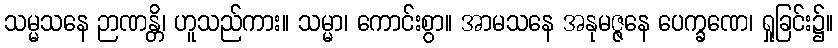
သမ္မသနေ ဉာဏန္တိ၊ ဟူသည်ကား။ သမ္မာ၊ ကောင်းစွာ။ အာမသနေ အနုမဇ္ဇနေ ပေက္ခဏေ၊ ရှုခြင်း၌။